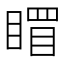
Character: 𥉞